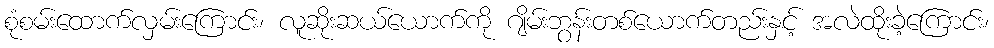
စုံစမ်းထောက်လှမ်းကြောင်း၊ လူဆိုးဆယ်ယောက်ကို ဂျိမ်းဘွန်းတစ်ယောက်တည်းနှင့် အလဲထိုးခဲ့ကြောင်း၊